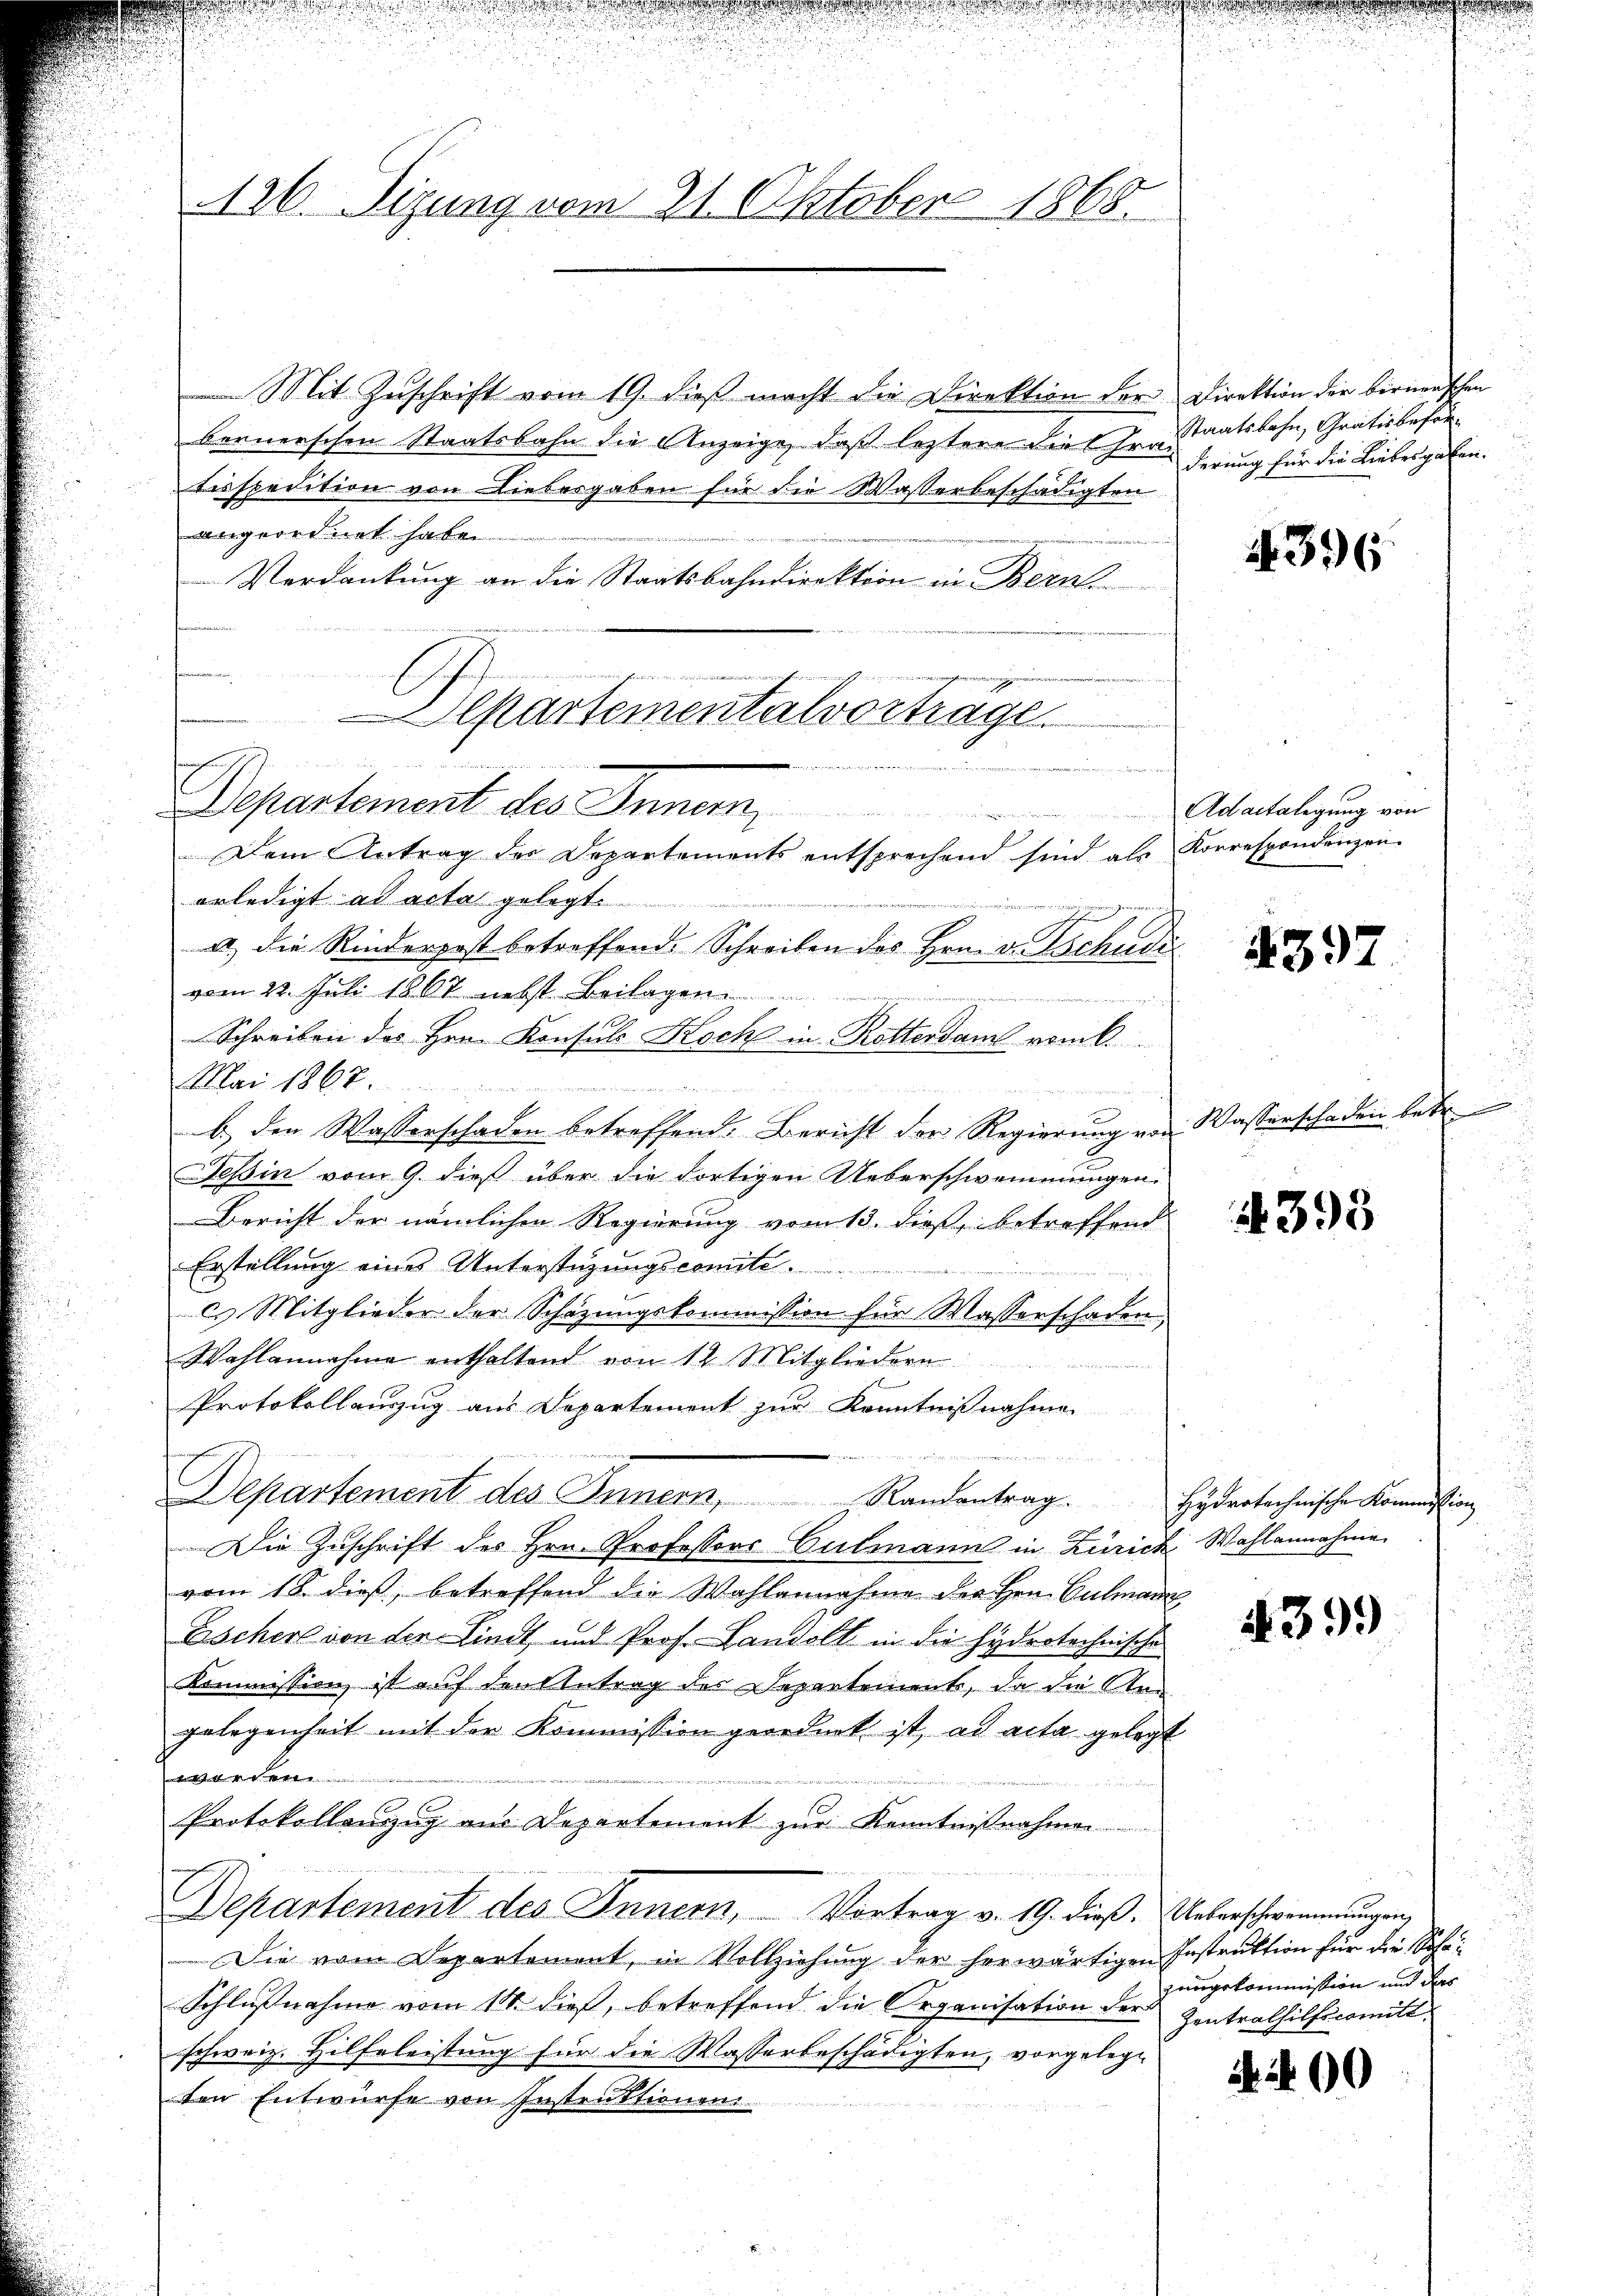
Mit Zuschrift vom 19. dieß macht die Direktion der Direktion der bernenschen
bernerschen Staatsbahn die Anzeige, daß letztere die Chratirspedition von Liebesgaben für die Wasserbeschädigten
angeordnet haben.
Verdankung an die Staatsbahndirektion in Bern
neien einzigen seiner nett
Dein Antrag der Departements entsprechend sind, als Korrespondenzen
erledigt ad acta gelegt
n
a) die Rinderpost betreffend. Schreiben des Hrn. v. Tschudivom 22. Juli 1867 nebst Beilagen

Schreiben des Hrn. Konsuls Koch in Rotterdam vom 6.
Mai 1868.
b.) den Wasserschaden betreffend. Bericht der Regierung von Wasserschaden betr.
Feßin vom 9. dieß über die Fortigen Ueberschwemmungen.
Bericht der nämlichen Regierung vom 13. dieß, betreffend
Erstellung eines Unterstüzungscomiti¬
u Mitglieder der Schazungskommission für Wasserschaden
Wahlannahme enthaltend von 12. Mitgliedern
 24
Protokollauszug aus Departement zur Kenntnißnahme.
Departement des Innern, Randantrag. Hydrotechnische Kommission
Die Zuschrift des Hrn. Professors Culmann in Zürich Wahlannahme
vom 18. dieß, betreffend die Wahlannahme der Hrn. Culmann
Escher von der Lindt, und Prof. Landolt in die hydrotechnische
Kommission, ist auf den Antrag der Separtement, da die Stra
gelegenheit mit der Kommission geordnet ist, ad acta gelegt
worden.
Protokollenzug aus Departement zur Kenntnißnahmen
Departement des Innern, Vortrag v. 19. dieß. Ueberschwemmungen,
Die vom Departement, in Vollziehung der herwärtigen Instruktion für die Sohn
Schlußnahme vom 18. dieß, betreffend die Organisation der Zentrathilfscomittschweiz. Hilfeleistung für die Wasserbeschädigten, vorgelege
ten Entwurfe von Instruktionen

126. Sizung vom 21. Oktober 1868.

Alkartementalvorträge.
1
Departement des Innern,
die verge

Staatsbahn, Gratis beförderung für die Liebesgaben.

A.396

6
Adaitalegung von

1397

393

439.

zungskommission und das

4400